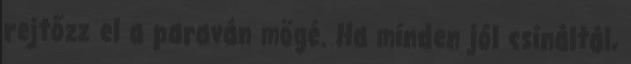
rejtőzz el a paraván mögé. Ha minden jól csináltál,